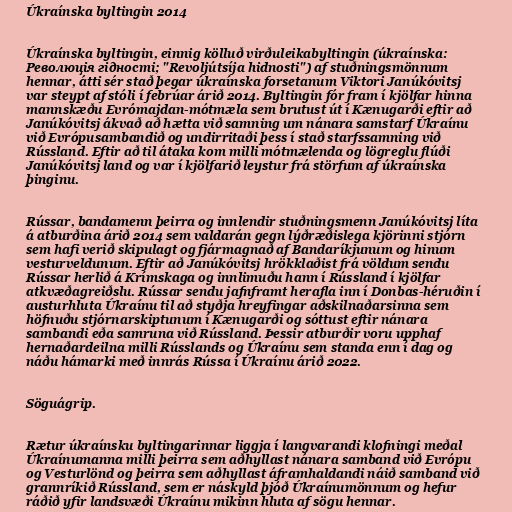
Úkraínska byltingin 2014

Úkraínska byltingin, einnig kölluð virðuleikabyltingin (úkraínska:
Революція гідності; "Revoljútsíja hidnosti") af stuðningsmönnum
hennar, átti sér stað þegar úkraínska forsetanum Viktori Janúkóvitsj
var steypt af stóli í febrúar árið 2014. Byltingin fór fram í kjölfar hinna
mannskæðu Evrómajdan-mótmæla sem brutust út í Kænugarði eftir að
Janúkóvitsj ákvað að hætta við samning um nánara samstarf Úkraínu
við Evrópusambandið og undirritaði þess í stað starfssamning við
Rússland. Eftir að til átaka kom milli mótmælenda og lögreglu flúði
Janúkóvitsj land og var í kjölfarið leystur frá störfum af úkraínska
þinginu.

Rússar, bandamenn þeirra og innlendir stuðningsmenn Janúkóvitsj líta
á atburðina árið 2014 sem valdarán gegn lýðræðislega kjörinni stjórn
sem hafi verið skipulagt og fjármagnað af Bandaríkjunum og hinum
vesturveldunum. Eftir að Janúkóvitsj hrökklaðist frá völdum sendu
Rússar herlið á Krímskaga og innlimuðu hann í Rússland í kjölfar
atkvæðagreiðslu. Rússar sendu jafnframt herafla inn í Donbas-héruðin í
austurhluta Úkraínu til að styðja hreyfingar aðskilnaðarsinna sem
höfnuðu stjórnarskiptunum í Kænugarði og sóttust eftir nánara
sambandi eða samruna við Rússland. Þessir atburðir voru upphaf
hernaðardeilna milli Rússlands og Úkraínu sem standa enn í dag og
náðu hámarki með innrás Rússa í Úkraínu árið 2022.

Söguágrip.

Rætur úkraínsku byltingarinnar liggja í langvarandi klofningi meðal
Úkraínumanna milli þeirra sem aðhyllast nánara samband við Evrópu
og Vesturlönd og þeirra sem aðhyllast áframhaldandi náið samband við
grannríkið Rússland, sem er náskyld þjóð Úkraínumönnum og hefur
ráðið yfir landsvæði Úkraínu mikinn hluta af sögu hennar.